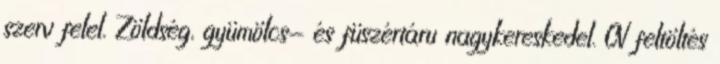
szerv felel. Zöldség, gyümölcs- és füszértáru nagykereskedel. CV feltöltés